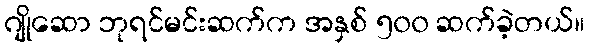
ဂျိုဆော ဘုရင်မင်းဆက်က အနှစ် ၅၀၀ ဆက်ခဲ့တယ်။